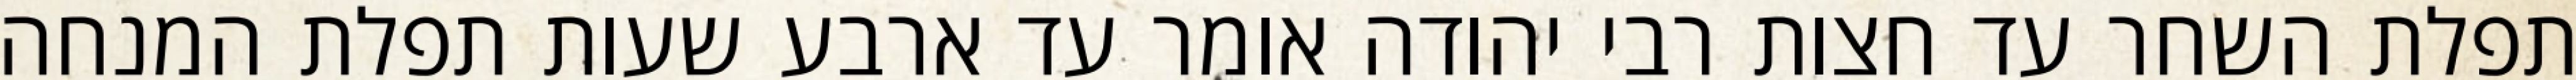
תפלת השחר עד חצות רבי יהודה אומר עד ארבע שעות תפלת המנחה